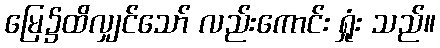
မြေ၌ထိလျှင်သော် လည်းကောင်း ရှုံး သည်။